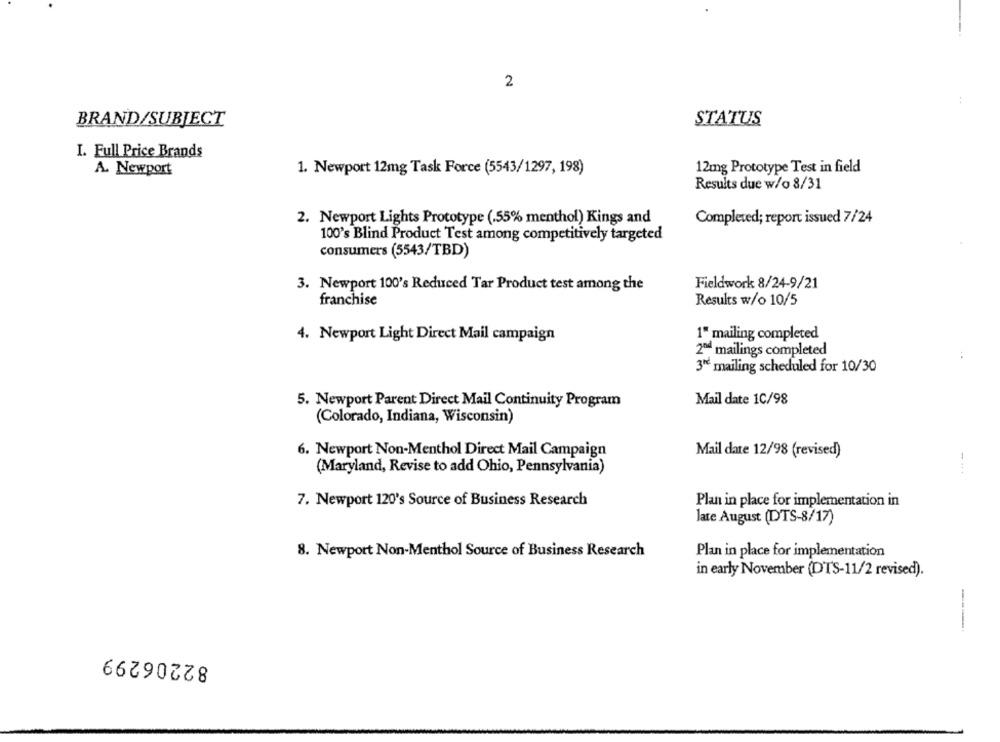
2
:
BRAND/SUBJECT
STATUS
I. Full Price Brands
A. Newport
1. Newport 12mg Task Force (5543/1297, 198)
12mg Prototype Test in field
Results due w/o 8/31
2. Newport Lights Prototype (.55% menthol) Kings and
Completed; report issued 7/24
100's Blind Product Test among competitively targeted
consumers (5543/TBD)
3. Newport 100's Reduced Tar Product test among the
Fieldwork 8/24-9/21
franchise
Results w/o 10/5
4. Newport Light Direct Mail campaign
1" mailing completed
2ªd mailings completed
:
3" mailing scheduled for 10/30
Mail date 1C/98
5. Newport Parent Direct Mail Continuity Program
(Colorado, Indiana, Wisconsin)
6. Newport Non-Menthol Direct Mail Campaign
Mail date 12/98 (revised)
(Maryland, Revise to add Ohio, Pennsylvania)
7. Newport 120's Source of Business Research
Plan in place for implementation in
late August (DTS-8/17)
8. Newport Non-Menthol Source of Business Research
Plan in place for implementation
in early November (DTS-11/2 revised).
---.
82206299